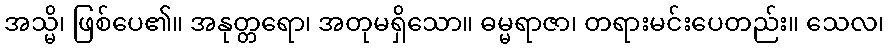
အသ္မိ၊ ဖြစ်ပေ၏။ အနုတ္တရော၊ အတုမရှိသော။ ဓမ္မရာဇာ၊ တရားမင်းပေတည်း။ သေလ၊